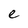
Character: e